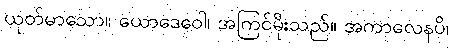
ယုတ်မာသော။ ယောဒေဝေါ၊ အကြင်မိုးသည်။ အကာလေနပိ၊